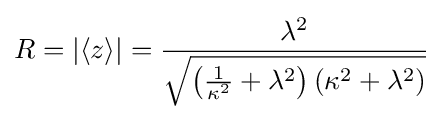
R=|\langle z\rangle |={\frac {\lambda ^{2}}{\sqrt {\left({\frac {1}{\kappa ^{2}}}+\lambda ^{2}\right)\left(\kappa ^{2}+\lambda ^{2}\right)}}}